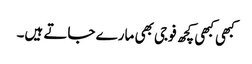
کبھی کبھی کچھ فوجی بھی مارے جاتے ہیں۔